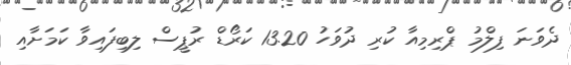
ދެވަނަ ފިލްމު ޕްރިމިއާ ކުރި ދުވަހު 13.20 ކަރޯޑް ރުޕީސް ލިބިފައިވާ ކަމަށާއި